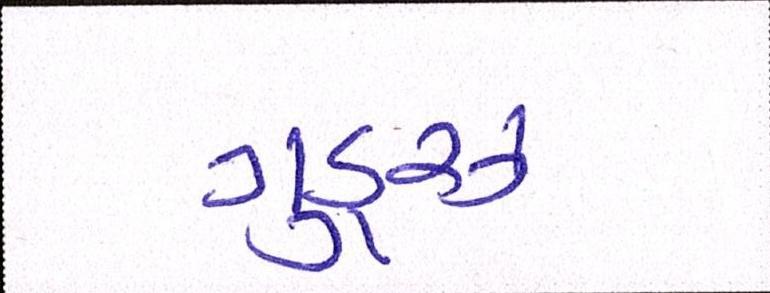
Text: ગૂડ્ઝ